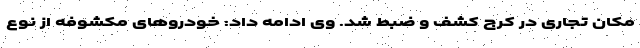
مکان تجاری در کرج کشف و ضبط شد. وی ادامه داد: خودروهای مکشوفه از نوع